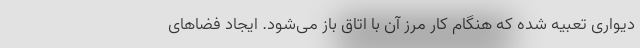
دیواری تعبیه شده که هنگام کار مرز آن با اتاق باز می‌شود. ایجاد فضاهای